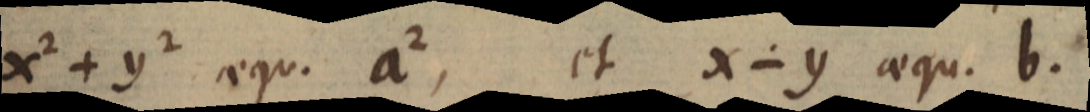
x² + y² aequ. a2 , et x − y aequ. b.